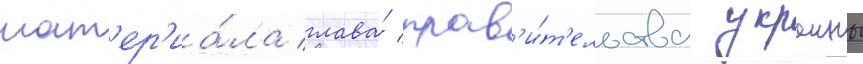
мат'ер'иа́ла глава́ прав'и́т'ельства украины